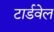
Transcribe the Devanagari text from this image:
टार्डवेल